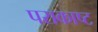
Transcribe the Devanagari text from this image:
पराकाष्ट